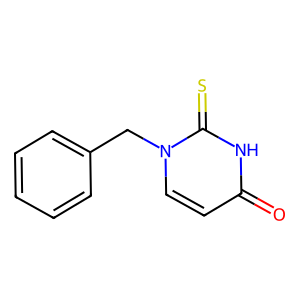
SMILES: O=c1ccn(Cc2ccccc2)c(=S)[nH]1
Inhibits HIV replication: No